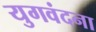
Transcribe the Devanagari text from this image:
युगवंदना